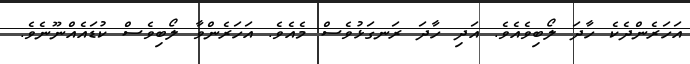
އަހަރެންދެކެ ހާދަ ލޯބިވެއެވެ. އަދި ހާދަ ރަނގަޅުވެސް މެއެވެ. އަހަރެންވާ ލޯބިވެސް ކުޑައެއްނޫނެވެ.